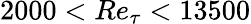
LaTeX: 2000<Re_{\tau}<13500